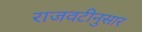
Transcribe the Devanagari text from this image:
राजवटीनुसार